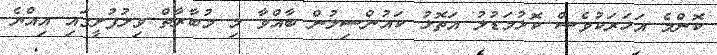
ކޮންމެ އަހަރަކުވެސް ކޮޅުމަޑުލު އަތޮޅު ކައުންސިލުން ބާއްވާ މި މުބާރާތް ވިލުފުށީގައި އިއްޔެ